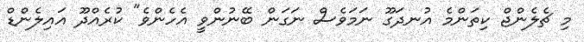
މި ޗެލެންޖް ކިތަންމެ އުނދަގޫ ނަމަވެސް ނަގަން ބޭނުންވީ އެހެންވެ" ކުރެއްދޫ އައިލެންޑް